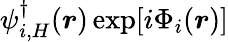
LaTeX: \psi_{i,H}^{\dagger}(\boldsymbol{r})\exp[i\Phi_{i}(\boldsymbol{r})]